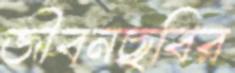
জীবনছবির